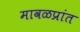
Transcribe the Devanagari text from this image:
मावळप्रांत